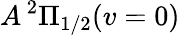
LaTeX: A\, ^{2}\Pi_{1/2}(v=0)